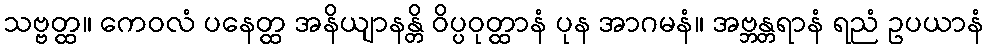
သဗ္ဗတ္ထ။ ကေဝလံ ပနေတ္ထ အနိယျာနန္တိ ဝိပ္ပဝုတ္ထာနံ ပုန အာဂမနံ။ အဗ္ဘန္တရာနံ ရညံ ဥပယာနံ